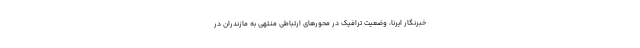
خبرنگار ایرنا، وضعیت ترافیک در محورهای ارتباطی منتهی به مازندران در